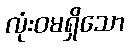
လုံးဝမရှိသော